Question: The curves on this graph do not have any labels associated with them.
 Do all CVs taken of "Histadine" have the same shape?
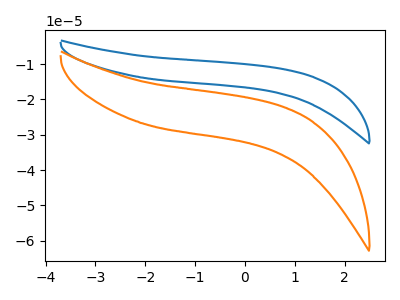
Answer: <think>The blue curve "blue" has no peaks. The orange curve "orange" has no peaks.
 Neither "blue" or "orange" have any peaks.</think>
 <answer>All the CV's of "Histadine" have similar shape.</answer>
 <eval>follow_rule</eval>